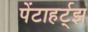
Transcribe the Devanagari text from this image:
पेंटाहर्ट्‌झ